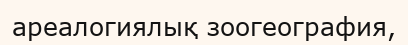
ареалогиялық зоогеография,